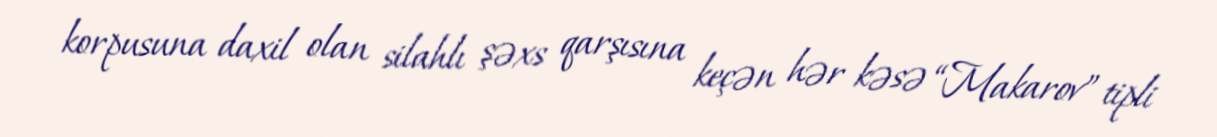
korpusuna daxil olan silahlı şəxs qarşısına keçən hər kəsə “Makarov” tipli